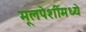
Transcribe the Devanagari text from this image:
मूलपेशींमध्ये